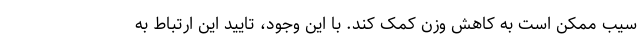
سیب ممکن است به کاهش وزن کمک کند. با این وجود، تایید این ارتباط به